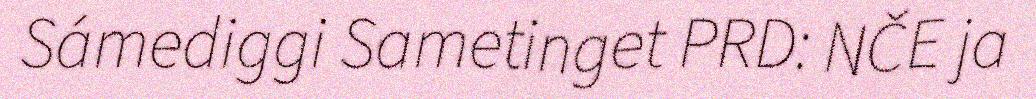
Sámediggi Sametinget PRD: NČE ja